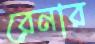
রেনার